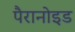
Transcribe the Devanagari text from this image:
पैरानोइड